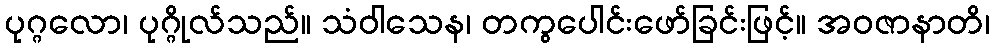
ပုဂ္ဂလော၊ ပုဂ္ဂိုလ်သည်။ သံဝါသေန၊ တကွပေါင်းဖော်ခြင်းဖြင့်။ အဝဇာနာတိ၊